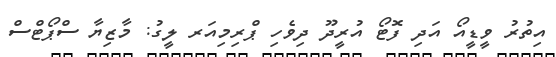
އިތުރު ވީޑީއޯ އަދި ފޮޓޯ އުރީދޫ ދިވެހި ޕްރިމިއަރ ލީގު: މާޒިޔާ ސްޕޯޓްސް